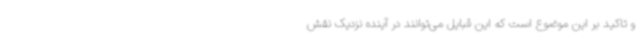
و تاکید بر این موضوع است که این قبایل می‌توانند در آینده نزدیک نقش